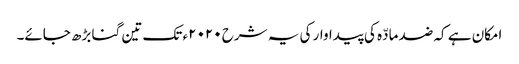
امکان ہے کہ ضد مادّہ کی پیداوار کی یہ شرح ٢٠٢٠ء تک تین گنا بڑھ جائے۔